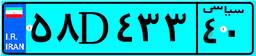
۴۴D۷۸۹۰۹